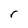
Character: r